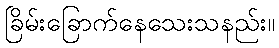
ခြိမ်းခြောက်နေသေးသနည်း။